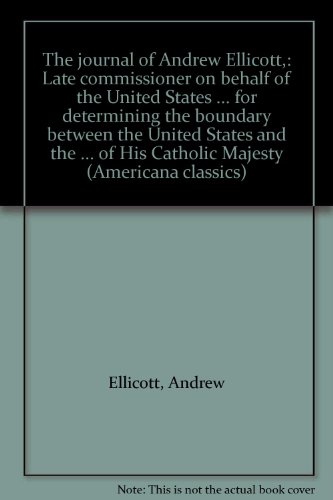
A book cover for The journal of Andrew Ellicott,: Late commissioner on behalf of the United States ... for determining the boundary between the United States and the ... of His Catholic Majesty (Americana classics); Andrew Ellicott; Travel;